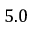
5 . 0